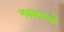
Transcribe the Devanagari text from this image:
नववयस्कों